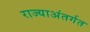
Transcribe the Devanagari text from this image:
राज्याअंतर्गत